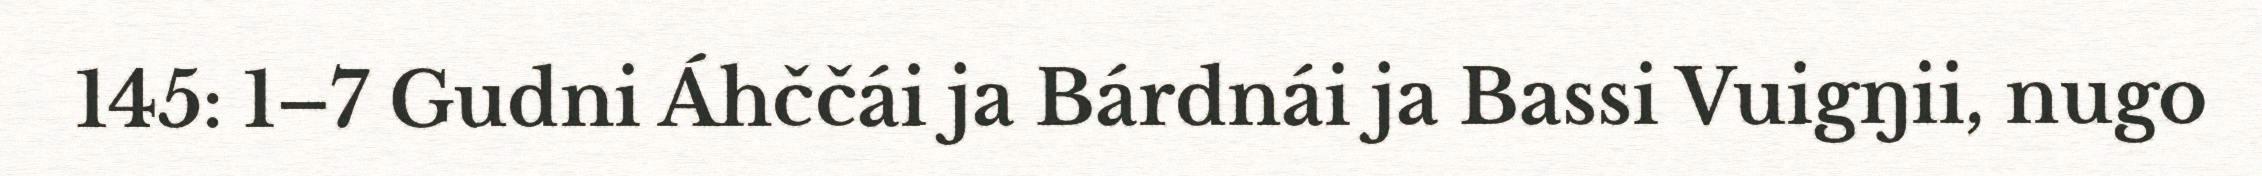
145: 1–7 Gudni Áhččái ja Bárdnái ja Bassi Vuigŋii, nugo